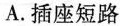
A.插座短路